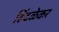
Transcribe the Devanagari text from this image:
हिंदळेकर